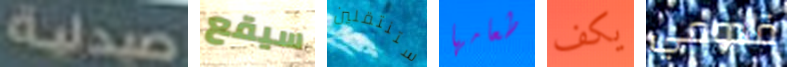
صيدلية سيقع ستنتقلين طعامها يكف قدومي